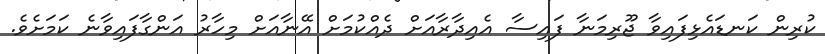
ކުރިން ކަނޑައެޅިފައިވާ ޖޫރިމަނާ ފައިސާ އެއިދާރާއަށް ދެއްކުމަށް އޭނާއަށް މިހާރު އަންގާފައިވާނެ ކަމަށެވެ.